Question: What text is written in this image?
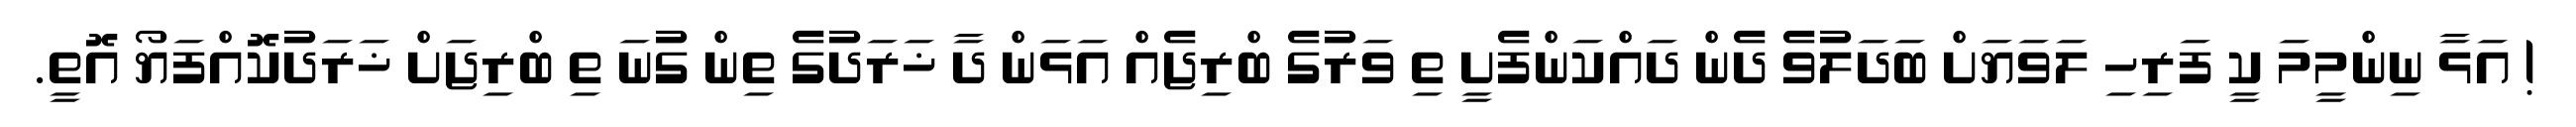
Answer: ! އަޅާ ނިންމީމަ ކީ ފަރިހި ލަވަޔަށް ބަދަލުވެ ދެން ދައްކަންފެށީ ތި ވަރުގެ ބްރިޖެއް އަޅަން ދާ ޚަރަދުގެ ތިން ގުނަ ތި ބްރިޖަށް ޚަރަދުކޮއްފަޔޯ އޮތީ.